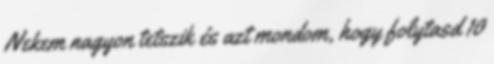
Nekem nagyon tetszik és azt mondom, hogy folytasd 10